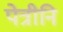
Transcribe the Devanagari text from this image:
पेत्रीनि